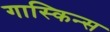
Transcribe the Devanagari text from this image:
गास्किन्स